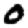
Digit: 0